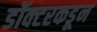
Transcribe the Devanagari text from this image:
डॉक्‍टरकडून